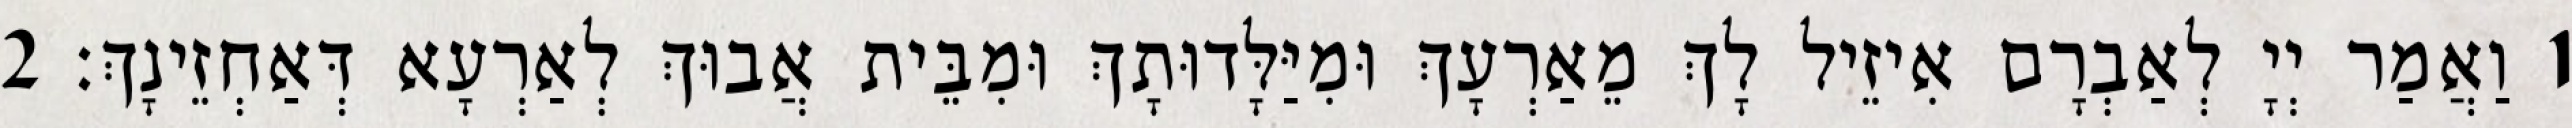
1 וַאֲמַר יְיָ לְאַבְרָם אִיזֵיל לָךְ מֵאַרְעָךְ וּמִיַּלָּדוּתָךְ וּמִבֵּית אֲבוּךְ לְאַרְעָא דְּאַחְזֵינָךְ׃ 2